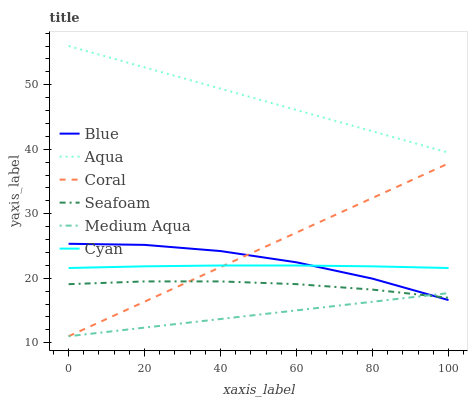
| xaxis_label | Blue | Aqua | Coral | Seafoam | Medium Aqua | Cyan |
 | --- | --- | --- | --- | --- | --- | --- |
 | 0 | 25.3 | 56 | 11 | 19.1 | 11 | 21.6 |
 | 20 | 25.2 | 52.7 | 16.4 | 19.5 | 12.3 | 21.8 |
 | 40 | 24.2 | 49.4 | 21.7 | 19.5 | 13.7 | 22 |
 | 60 | 22.5 | 46.1 | 27.1 | 19.1 | 15 | 22 |
 | 80 | 19.9 | 42.8 | 32.4 | 18.2 | 16.4 | 21.8 |
 | 100 | 16.6 | 39.5 | 37.8 | 17 | 17.7 | 21.6 |